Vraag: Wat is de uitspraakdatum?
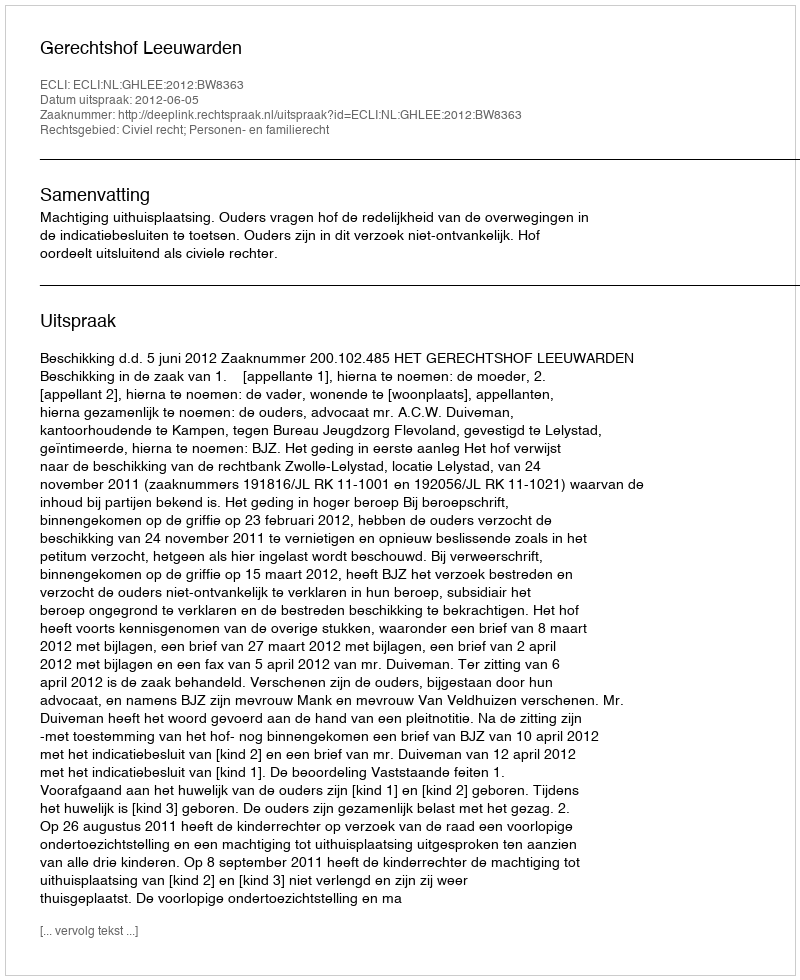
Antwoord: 2012-06-05